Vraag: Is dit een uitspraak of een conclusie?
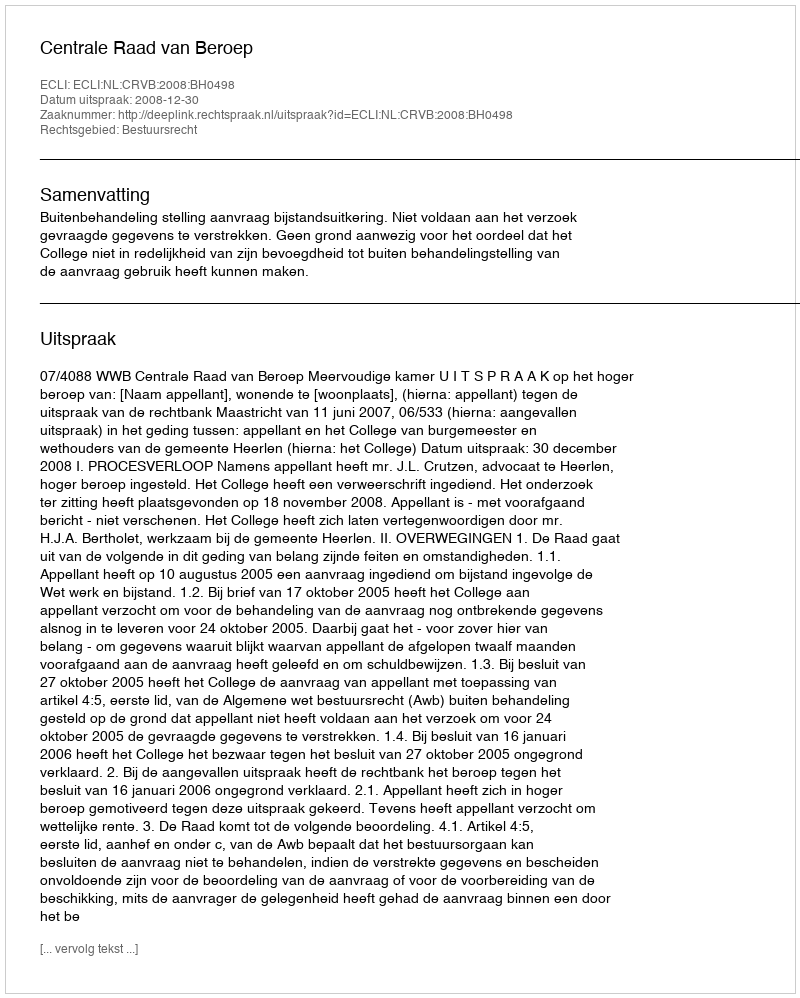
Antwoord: Uitspraak